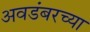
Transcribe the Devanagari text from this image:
अवडंबरच्या